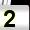
Digit: 2